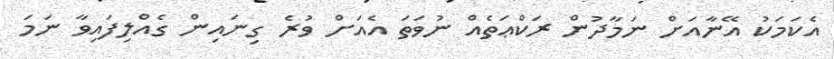
އެކަމަކު އޭނާއަށް ނަމާދުން ރަކްޢަތެއް ނުވަތަ އެއަށް ވުރެ ގިނައިން ގެއްލިފައިވާ ނަމަ